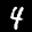
Label: 4